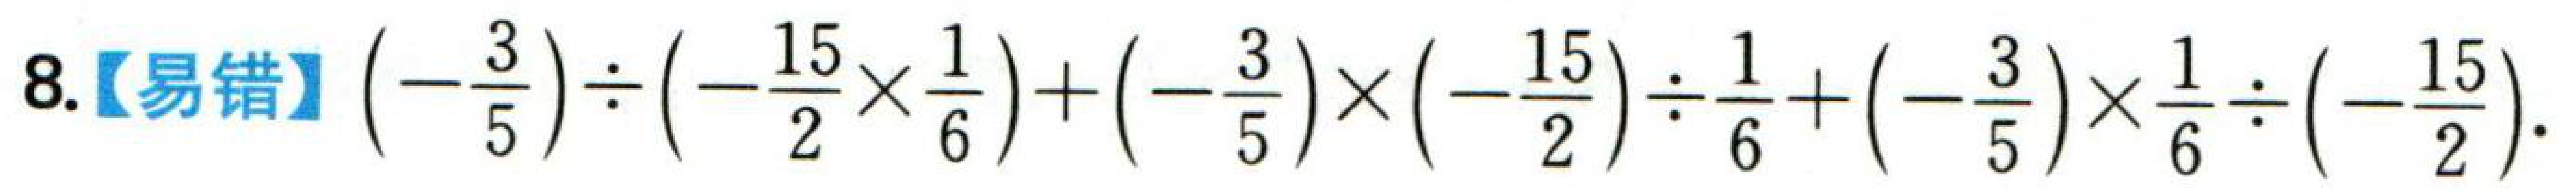
8.【易错】$\left(-\dfrac{3}{5}\right)\div\left(-\dfrac{15}{2}\times\dfrac{1}{6}\right)+\left(-\dfrac{3}{5}\right)\times\left(-\dfrac{15}{2}\right)\div\dfrac{1}{6}+\left(-\dfrac{3}{5}\right)\times\dfrac{1}{6}\div\left(-\dfrac{15}{2}\right)$